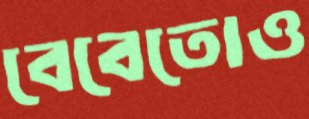
বেবেতোও